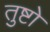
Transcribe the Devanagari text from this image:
तुष्टो